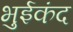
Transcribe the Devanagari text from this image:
भुईकंद